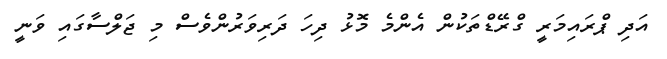
އަދި ޕްރައިމަރީ ގްރޭޑްތަކުން އެންމެ މޮޅު ދިހަ ދަރިވަރުންވެސް މި ޖަލްސާގައި ވަނީ